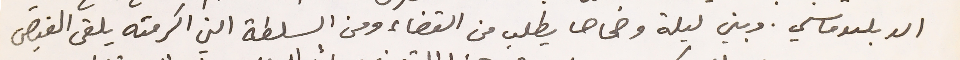
الديبلوماسي. وبين ليلة وضحاها يطلب من القضاء ومن السلطة التي اكرمته يلقى القبض